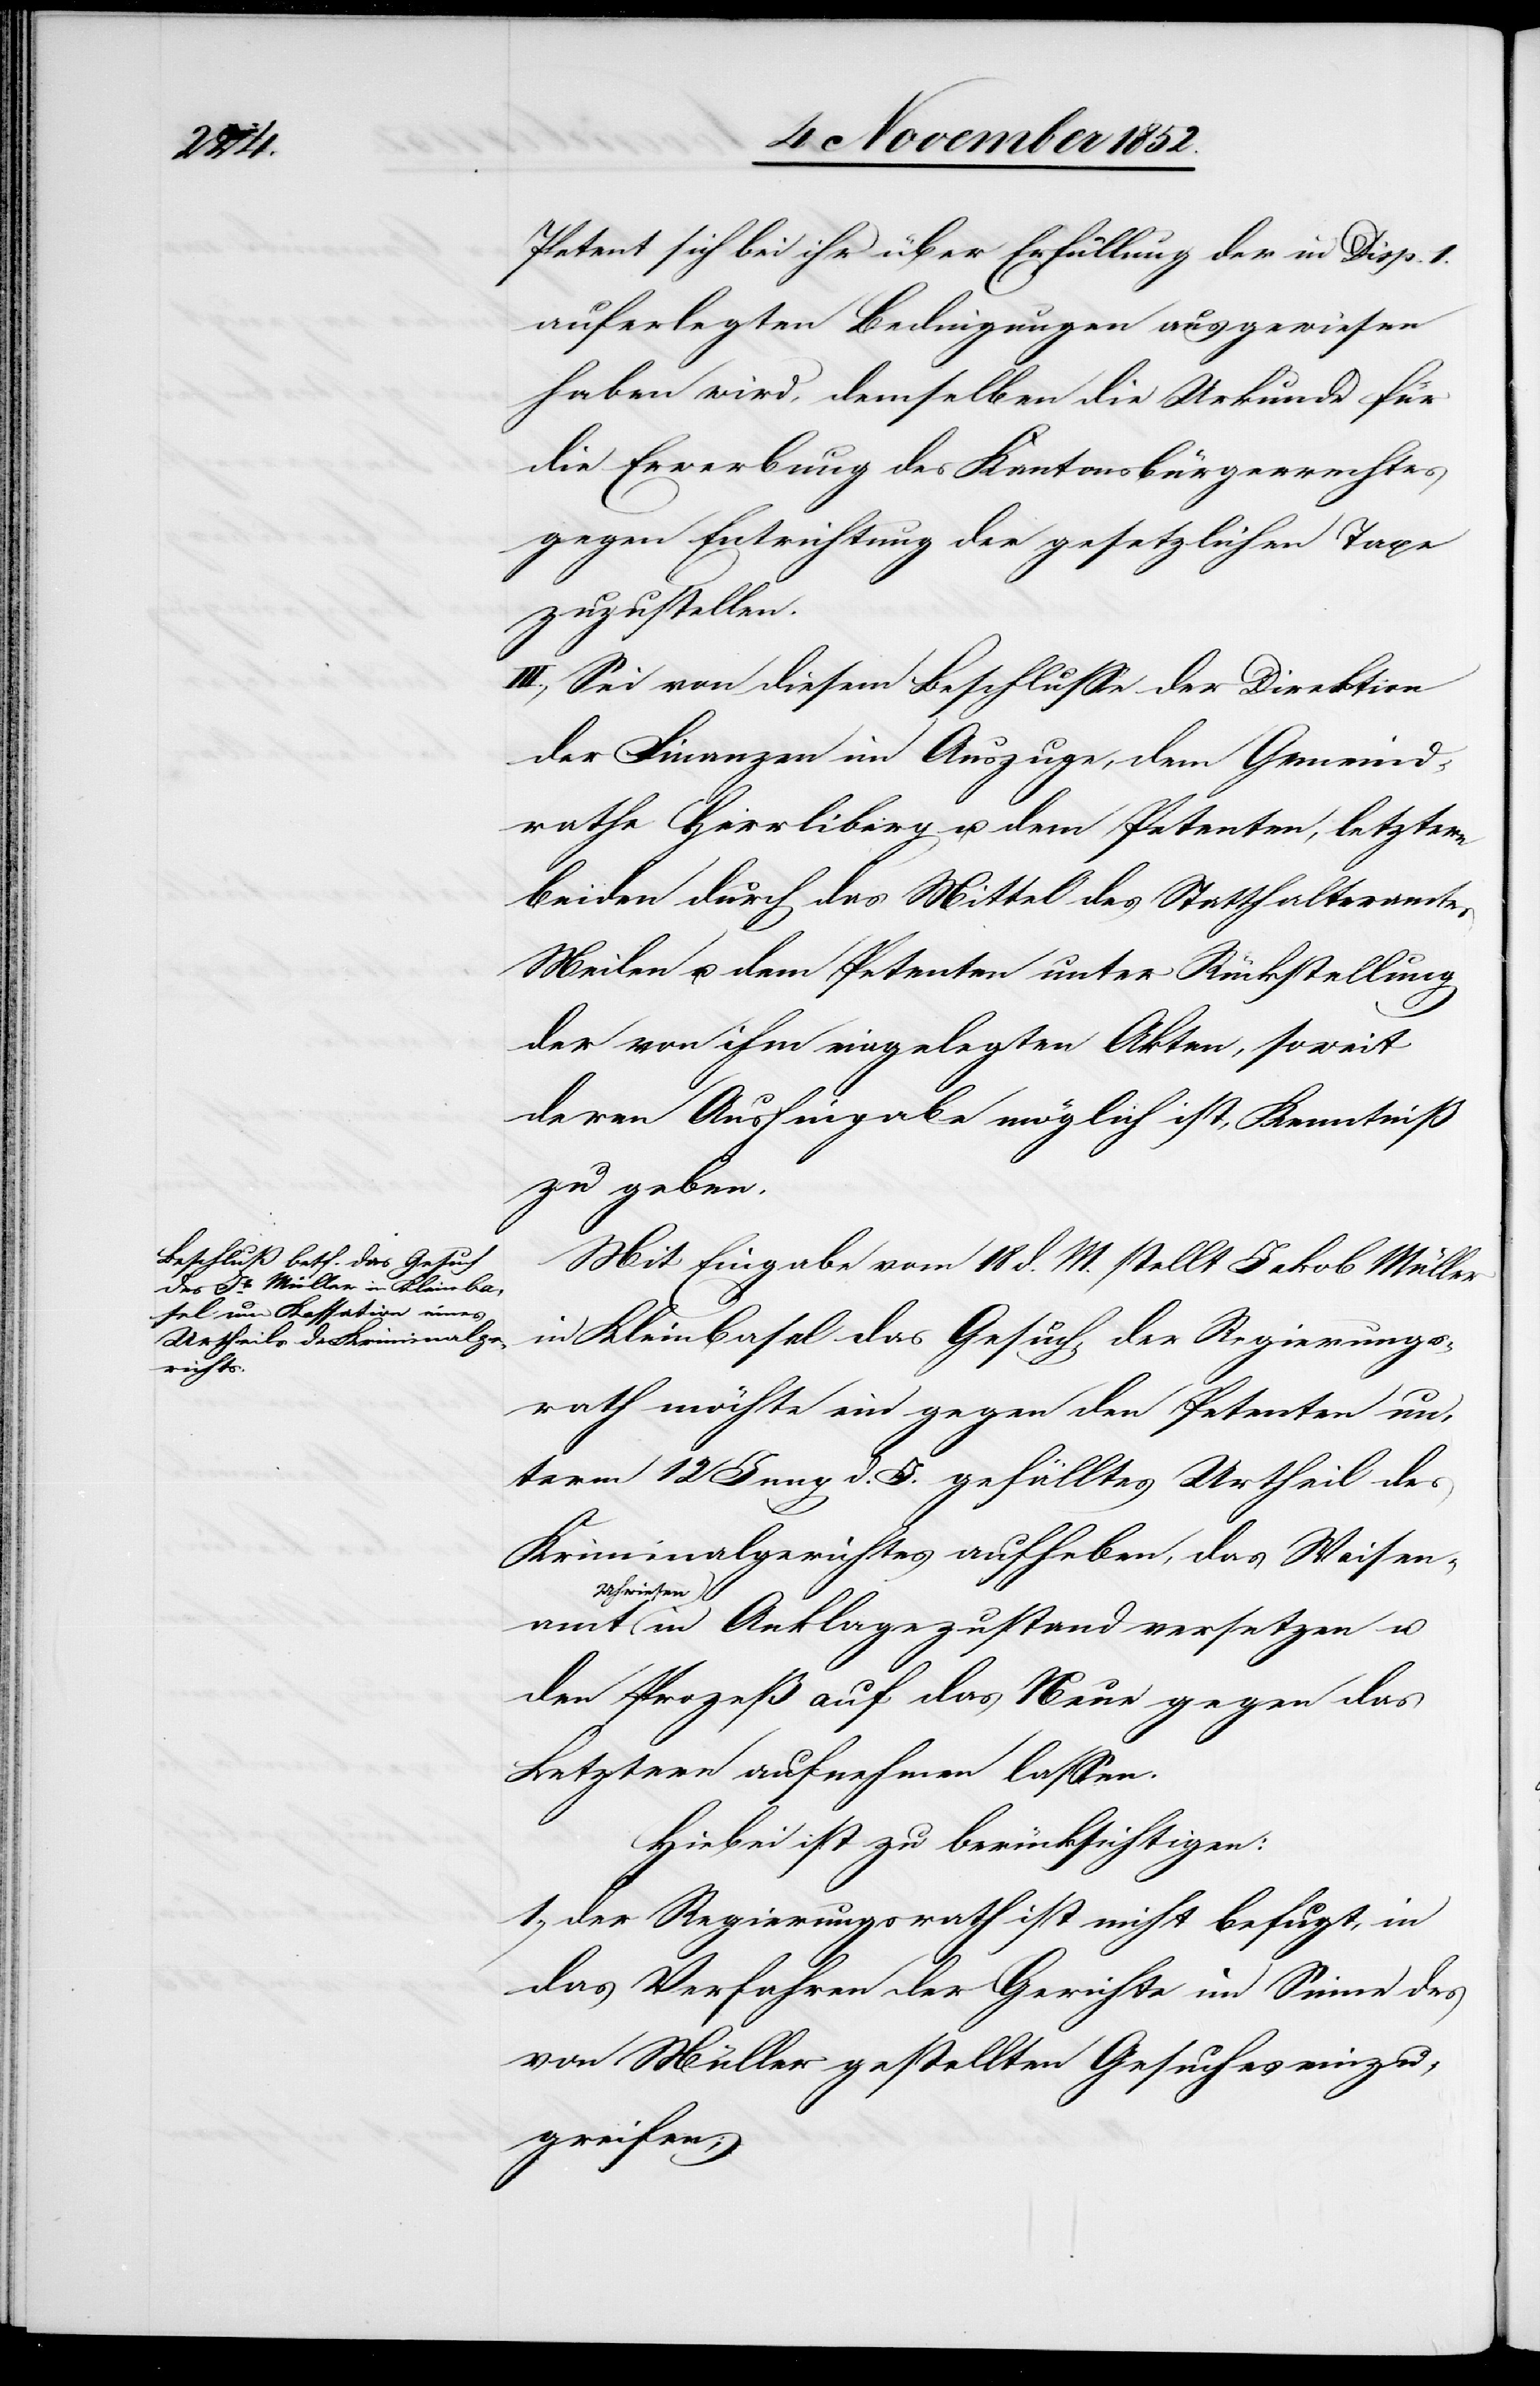
[si¬

Petent sich bei ihr über Erfüllung der in Disp. I.
auferlegten Bedingungen ausgewiesen
haben wird, demselben die Urkunde für
die Erwerbung des Kantonsbürgerrechtes
gegen Entrichtung der gesetzlichen Taxe
zuzustellen.
III., Sei von diesem Beschlusse der Direktion
der Finanzen im Auszuge, dem Gemeind¬
rathe Herrliberg u. dem Petenten, letztern
beiden durch das Mittel des Statthalteramtes
Meilen u. dem Petenten unter Rückstellung
der von ihm eingelegten Akten, soweit
deren Aushingabe möglich ist, Kenntniß
zu geben.
Mit Eingabe vom 18 d. M. stellt Jakob Müller
in Kleinbasel das Gesuch, der Regierungs¬
rath möchte ein gegen den Petenten un¬
term 12 Juny d. J. gefälltes Urtheil des
Kriminalgerichtes aufheben, das Waisen¬
Uhwiesen
1.,
in Anklagezustand versetzen u.
den Prozeß auf das Neue gegen das
Letztere aufnehmen lassen.
Hiebei ist zu berücksichtigen:
c!] Regierungsrath ist nicht befugt, in
das Verfahren der Gerichte im Sinne des
von Müller gestellten Gesuches einzu¬
greifen;